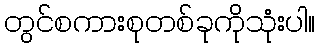
တွင်စကားစုတစ်ခုကိုသုံးပါ။